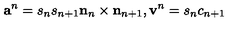
{ \bf a } ^ { n } = s _ { n } s _ { n + 1 } { \bf n } _ { n } \times { \bf n } _ { n + 1 } , { \bf v } ^ { n } = s _ { n } c _ { n + 1 }